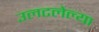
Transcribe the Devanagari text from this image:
उलटलेल्या